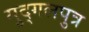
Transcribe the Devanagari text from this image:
मुद्गलपुत्र